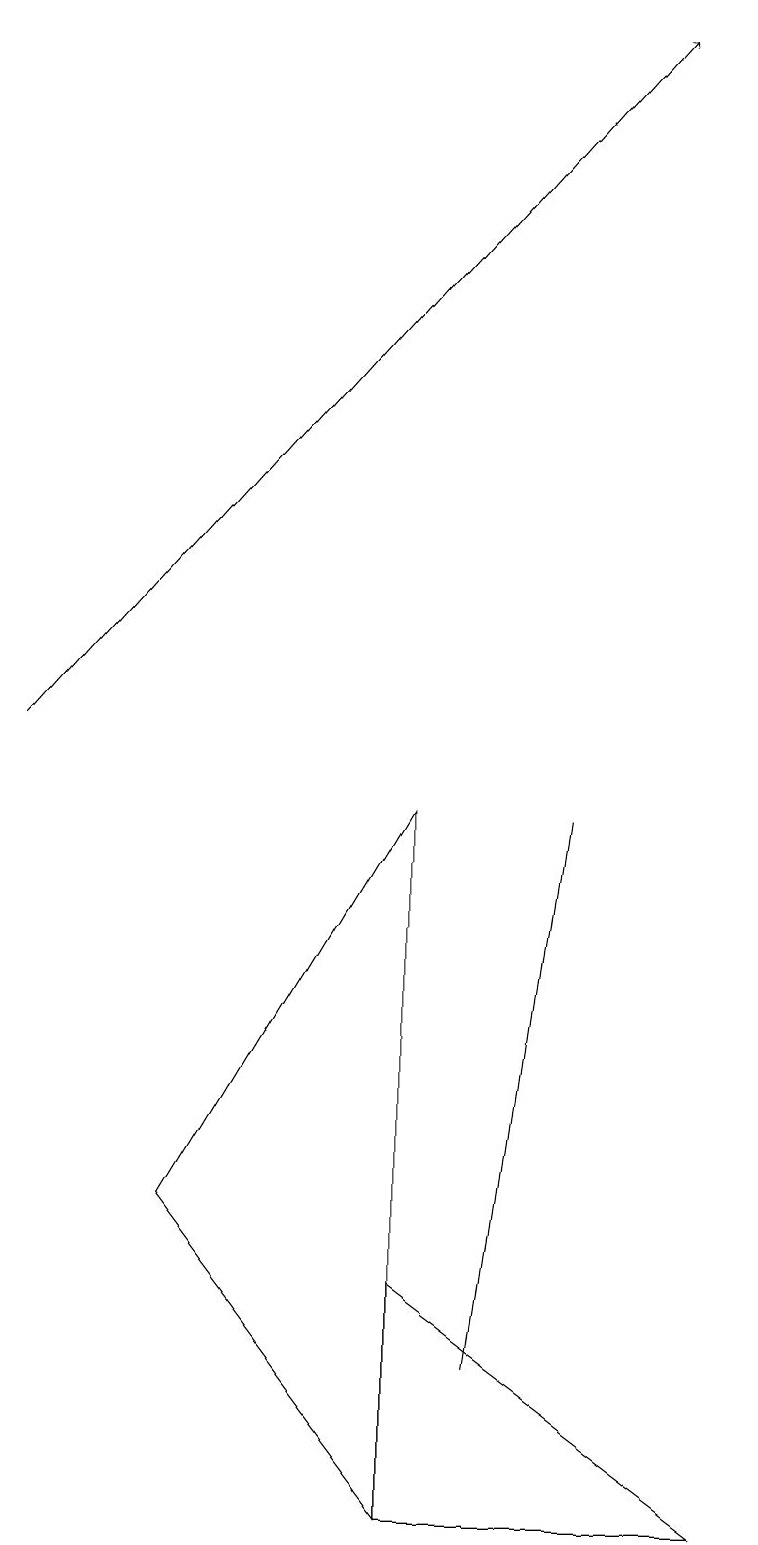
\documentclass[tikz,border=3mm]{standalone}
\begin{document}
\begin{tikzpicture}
\draw (2,4) -- (5,9) -- (5,0) -- cycle;
\draw[->] (0,10) -- (8,19);
\draw (5,3) -- (5,0) -- (9,0) -- cycle;
\draw (6,2) -- (7,9) -- (7,9) -- cycle;
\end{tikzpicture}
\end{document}